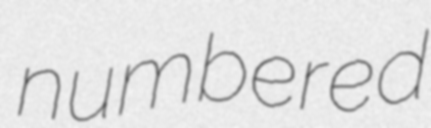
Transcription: numbered